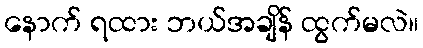
နောက် ရထား ဘယ်အချိန် ထွက်မလဲ။